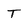
Character: T